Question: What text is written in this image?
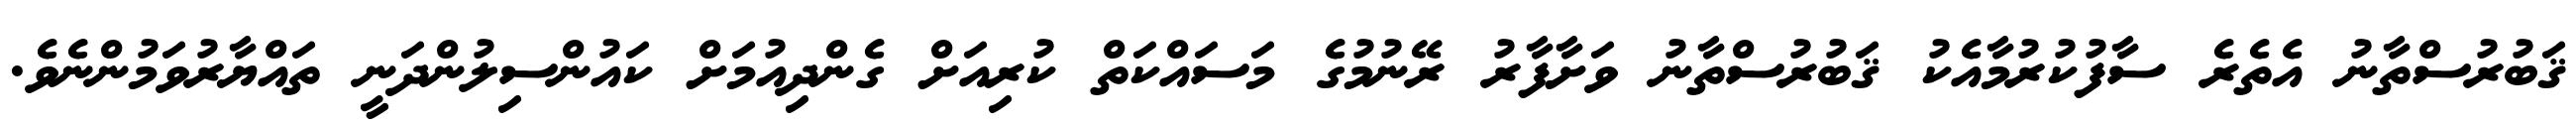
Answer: ޤަބުރުސްތާނު އެތެރެ ސާފުކުރުމާއެކު ޤަބުރުސްތާނު ވަށާފާރު ރޭނުމުގެ މަސައްކަތް ކުރިއަށް ގެންދިއުމަށް ކައުންސިލުންދަނީ ތައްޔާރުވަމުންނެވެ.